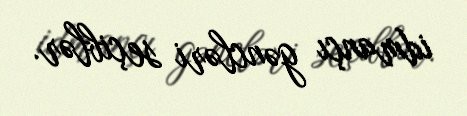
idmançı gəncləri seçiblər.